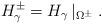
LaTeX: \begin{align*}H^\pm_\gamma=H_\gamma\left|_{\Omega^\pm}\right. .\end{align*}